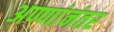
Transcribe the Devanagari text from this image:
अण्णांनंतर